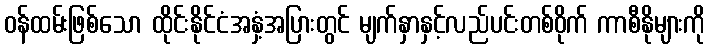
ဝန်ထမ်းဖြစ်သော ထိုင်းနိုင်ငံအနှံ့အပြားတွင် မျက်နှာနှင့်လည်ပင်းတစ်ဝိုက် ကာစီနိုများကို